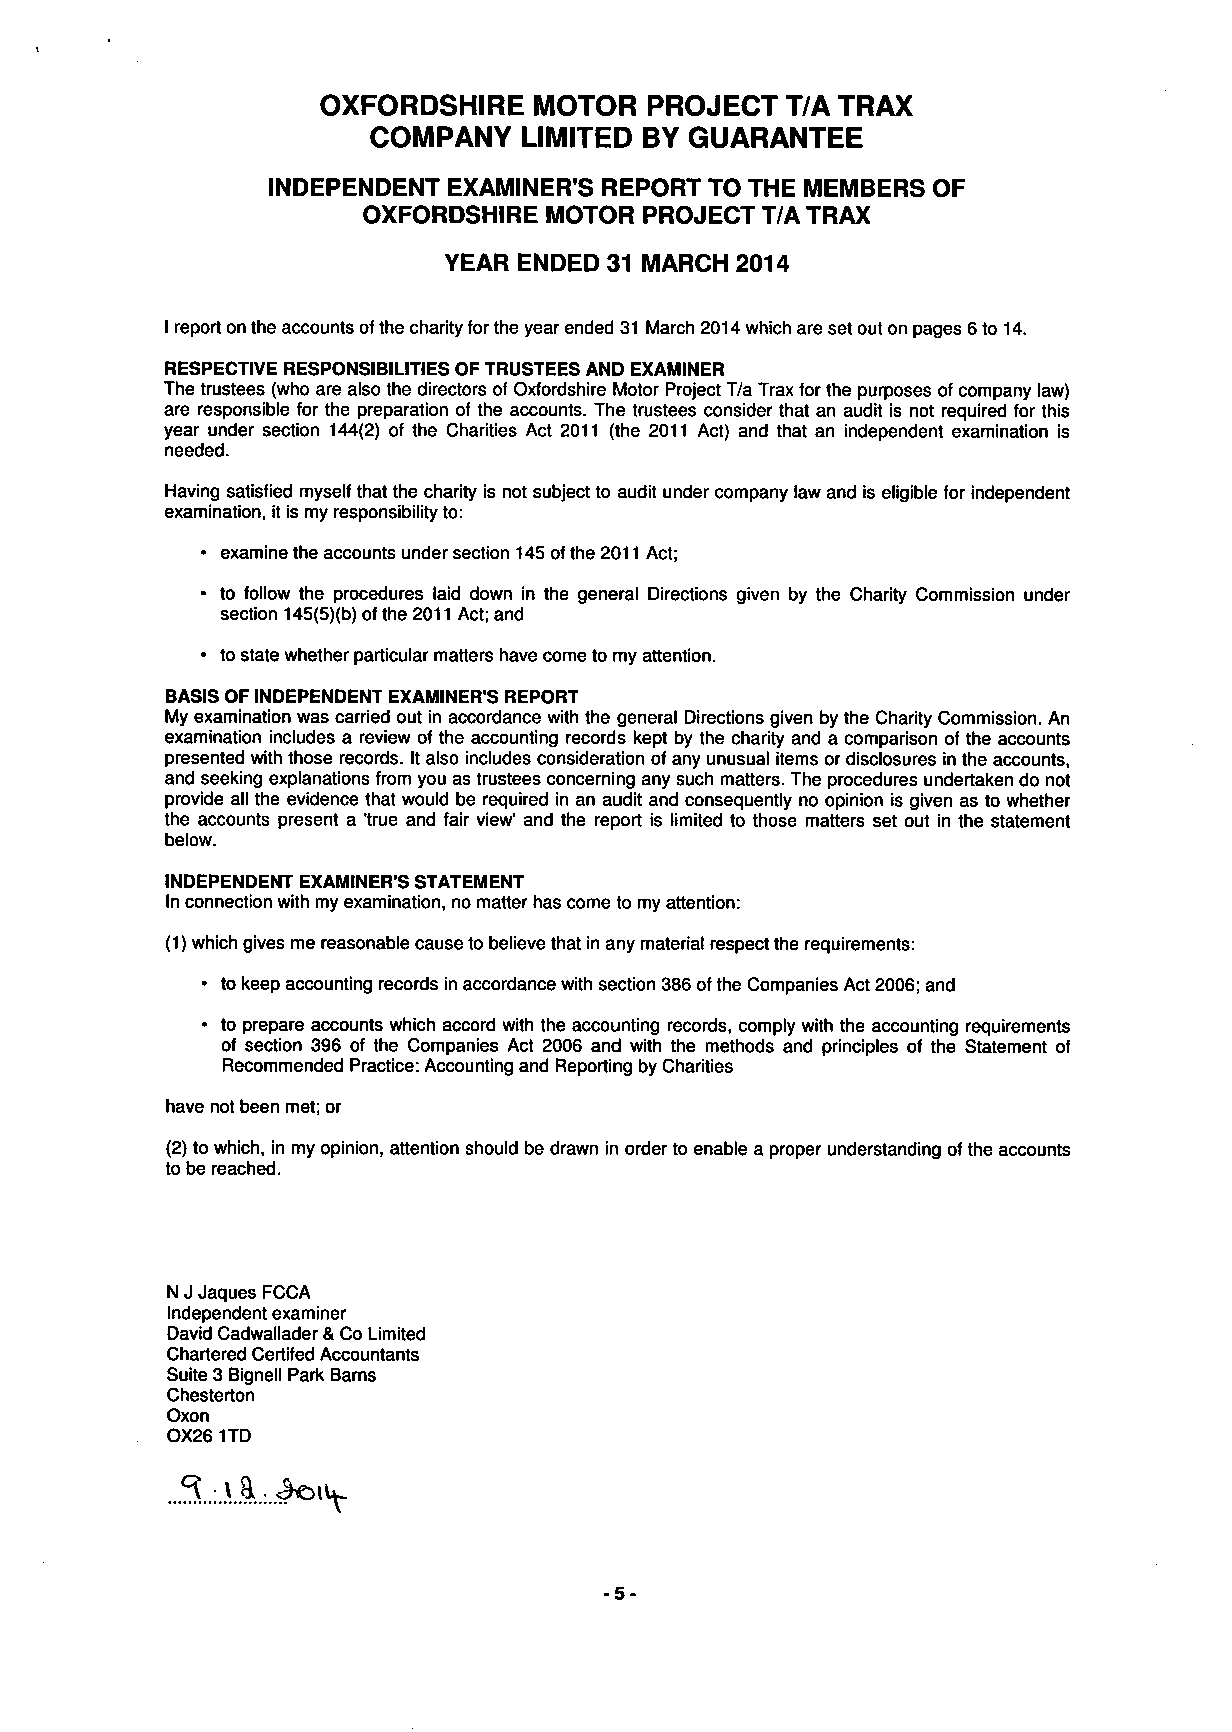
OXFORDSHIRE   MOTOR   PROJECT  T/A TRAX
 COMPANY    LIMITED BY GUARANTEE
 INDEPENDENT EXAMINER'S REPORT TO THE MEMBERS OF
 OXFORDSHIRE MOTOR  PROJECT T/A TRAX
 YEAR ENDED 31 MARCH 2014
 I report on the accounts of the charity for the year ended 31 March 2014 which are set out on pages 6 to 14.
 RESPECTIVE RESPONSIBILITIES OF TRUSTEES AND EXAMINER
 The trustees (who are also the directors of Oxfordshire Motor Project T/a Trax for the purposes of company law)
 are responsible for the preparation of the accounts. The trustees consider that an audit is not required for this
 year under section 144(2) of the Charities Act 2011 (the 2011 Act) and that an independent examination is
 needed.
 Having satisfied myself that the charity is not subject to audit under company law and is eligible for independent
 examination, it is my responsibility to:
 • examine the accounts under section 145 of the 2011 Act;
 • to follow the procedures laid down in the general Directions given by the Charity Commission under
 section 145(5)(b) of the 2011 Act; and
 • to state whether particular matters have come to my attention.
 BASIS OF INDEPENDENT EXAMINER'S REPORT
 My examination was carried out in accordance with the general Directions given by the Charity Commission. An
 examination includes a review of the accounting records kept by the charity and a comparison of the accounts
 presented with those records. It also includes consideration of any unusual items or disclosures in the accounts,
 and seeking explanations from you as trustees concerning any such matters. The procedures undertaken do not
 provide all the evidence that would be required in an audit and consequently no opinion is given as to whether
 the accounts present a 'true and fair view' and the report is limited to those matters set out in the statement
 below.
 INDEPENDENT EXAMINER'S STATEMENT
 In connection with my examination, no matter has come to my attention:
 (1) which gives me reasonable cause to believe that in any material respect the requirements:
 • to keep accounting records in accordance with section 386 of the Companies Act 2006; and
 • to prepare accounts which accord with the accounting records, comply with the accounting requirements
 of section 396 of the Companies Act 2006 and with the methods and principles of the Statement of
 Recommended Practice: Accounting and Reporting by Charities
 have not been met; or
 (2) to which, in my opinion, attention should be drawn in order to enable a proper understanding of the accounts
 to be reached.
 N J Jaques FCCA
 Independent examiner
 David Cadwallader & Co Limited
 Chartered Certifed Accountants
 Suite 3 Bignell Park Barns
 Chesterton
 Oxon
 OX261TD
 -5-